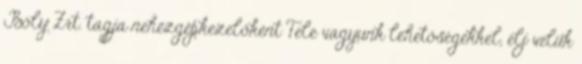
Bóly Zrt. tagja nehézgépkezelőként Tele vagyunk lehetőségekkel, élj velük